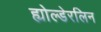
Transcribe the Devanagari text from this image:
ह्योल्डेरलिन